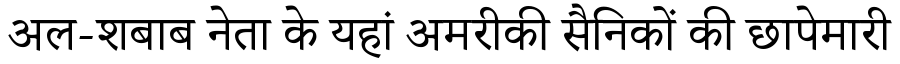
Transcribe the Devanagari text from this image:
अल-शबाब नेता के यहां अमरीकी सैनिकों की छापेमारी